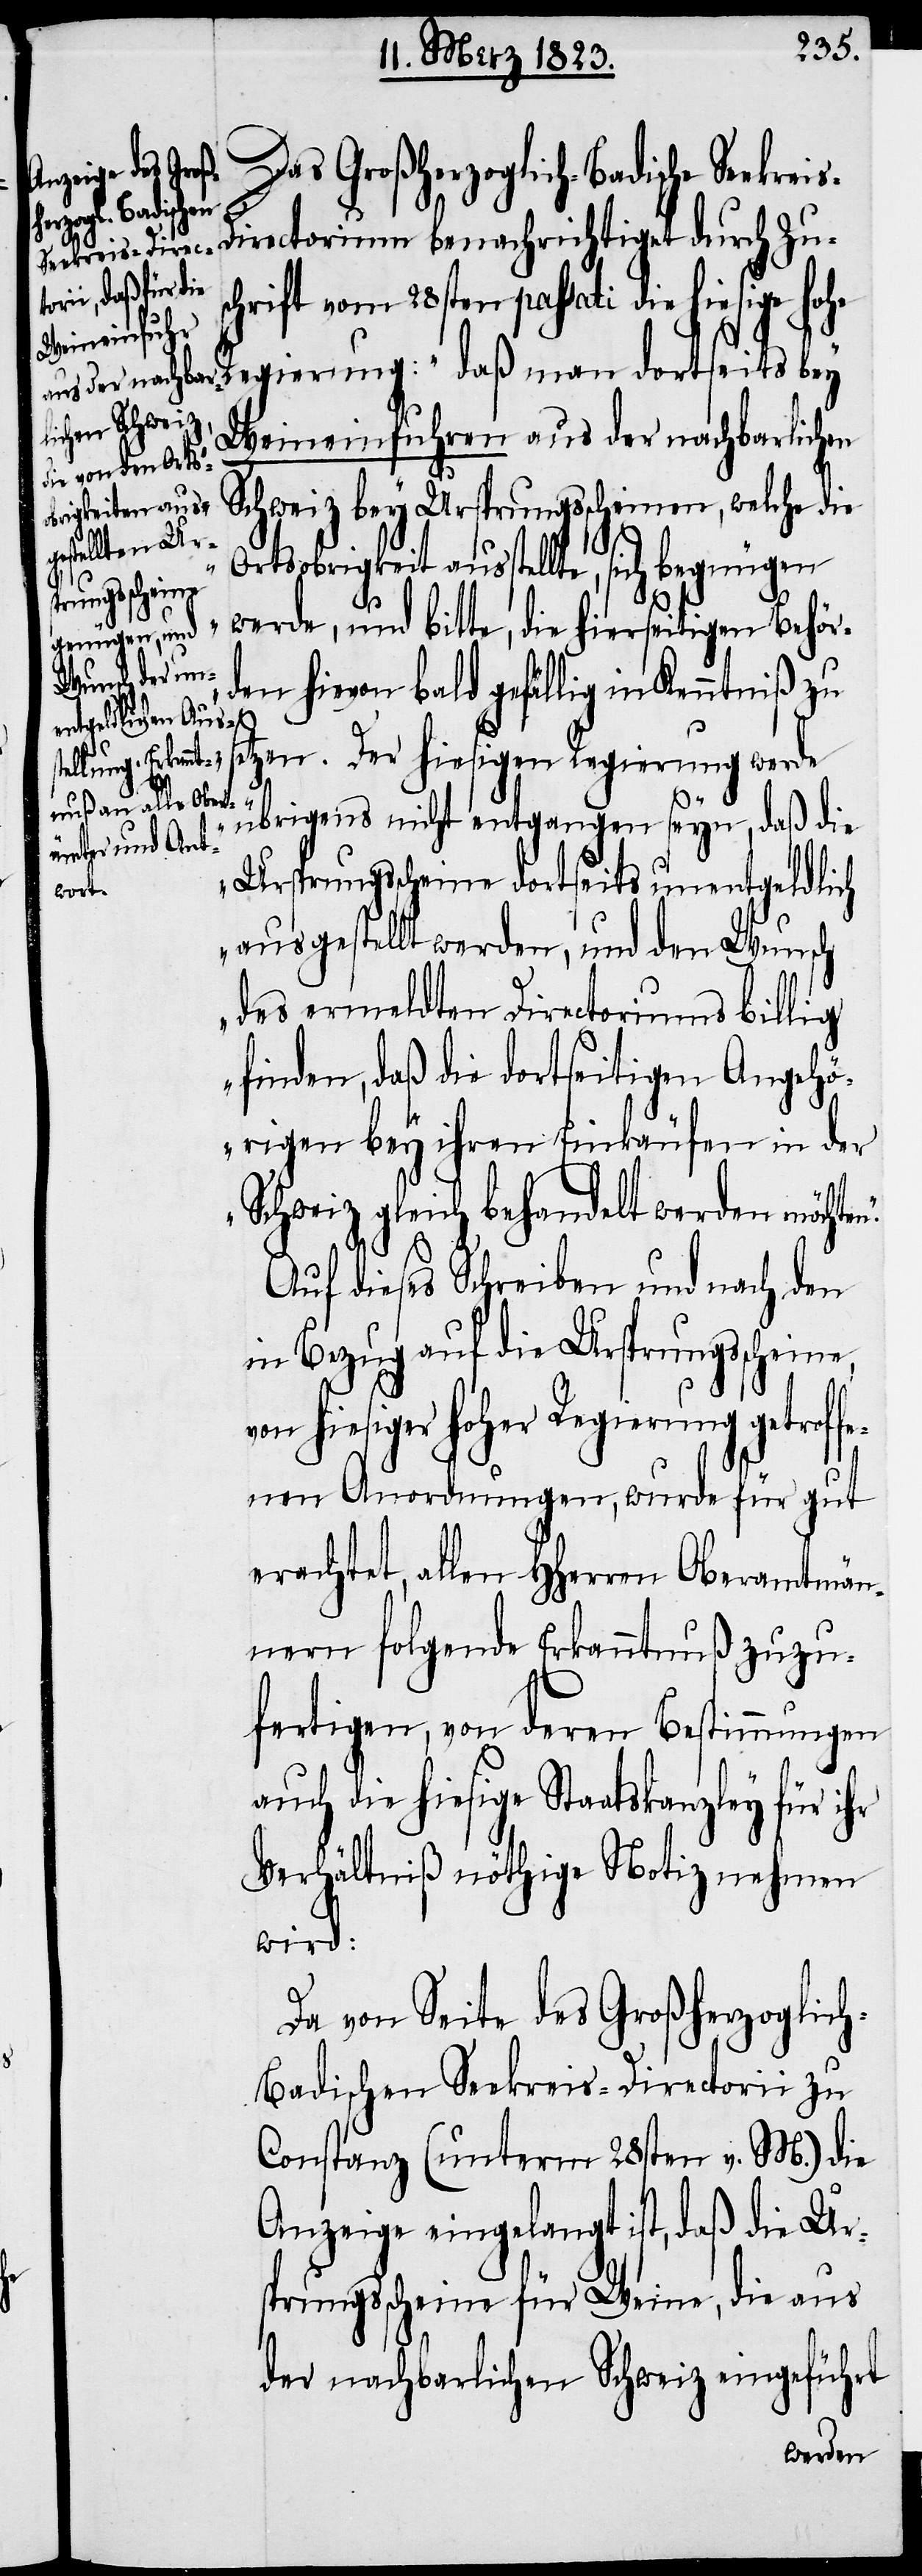
Das Großherzoglich-Badische Se¬
ctorium benachrichtiget durch Zus¬
ekreis-Dire¬
chrift vom 28sten passati die hiesige
Regierung: „daß man dortseits bey
Weineinfuhren aus der nachbarlichen
Schweiz bey Ursprungsscheinen, welche die
Ortsobrigkeit ausstellte, sich begnügen
werde, und bitte, die hierseitigen Behör¬
den hievon bald gefällig in Kenntniß zu
n.“
tzen. Der hiesigen Regierung werde
übrigens nicht entgangen seyn, daß die
Ursprungsscheine dortseits unentgeldlich
ausgestellt werden, und den Wunsch
des ermeldten Directoriums billig
finden, daß die dortseitigen Angehö¬
rigen bey ihren Einkäufen in der
Schweiz gleich behandelt werden möchte¬
Auf dieses Schreiben und nach den
in Bezug auf die Ursprungsscheine,
hiesiger hoher Regierung getrof¬
fenen Anordnungen, wurde für gut
erachtet, allen HHerren Oberamtmän¬
nern folgende Erkanntnuß zuzu¬
fertigen, von deren Bestimmungen
auch die hiesige Staatskanzley für ihr
Verhältniß nöthige Notiz nehmen
wird:
Da von Seite des Großherzoglic¬
h-Badischen Seekreis-Directorii zu
Constanz (unterm 28sten v. M.) die
Anzeige eingelangt ist, daß die Ur¬
sprungsscheine für Weine, die aus
der nachbarlichen Schweiz eingeführt